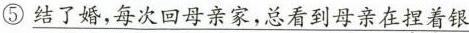
⑤\underline{结了婚,每次回母亲家,总看到母亲在\underset{·}{捏}\underset{·}{着}银}